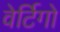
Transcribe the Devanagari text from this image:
वेर्टिगो